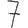
Digit: 7